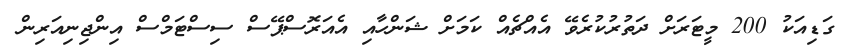
ގަޑިއަކު 200 މީޓަރަށް ދަތުރުކުރެވޭ އެއްޗެއް ކަމަށް ޝަންހާއި އެއަރޮސްޕޭސް ސިސްޓަމްސް އިންޖިނިއަރިން